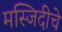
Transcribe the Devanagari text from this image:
मस्जिदीचे